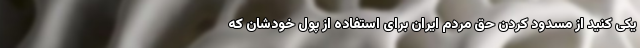
یکی کنید از مسدود کردن حق مردم ایران برای استفاده از پول‌ خودشان که